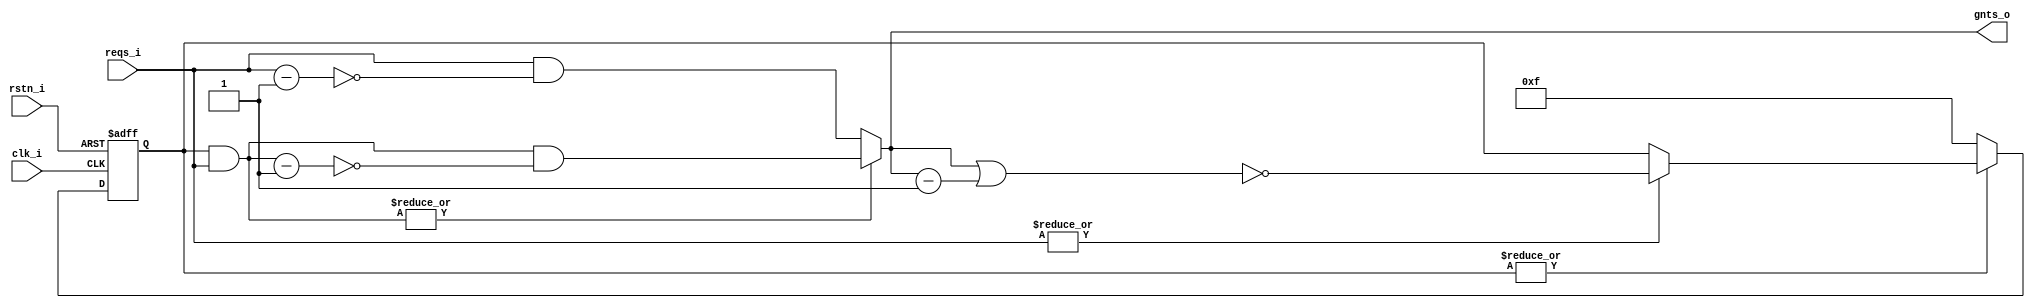
module round_robin_arbiter #(
    parameter REQ_NUM = 4
) (
    input                    clk_i,
    input                    rstn_i,

    input  [REQ_NUM - 1 : 0] reqs_i,
    output [REQ_NUM - 1 : 0] gnts_o
);

reg  [REQ_NUM - 1 : 0] mask; //default 1111
wire [REQ_NUM - 1 : 0] mask_reqs;
wire                   has_masked_reqs;
wire [REQ_NUM - 1 : 0] mask_gnts;
wire [REQ_NUM - 1 : 0] unmask_gnts;

assign gnts_o          = has_masked_reqs ? mask_gnts : unmask_gnts;
assign mask_reqs       = mask & reqs_i;
assign has_masked_reqs = |mask_reqs;
assign unmask_gnts     = reqs_i & ~(reqs_i - 1'b1);
assign mask_gnts       = mask_reqs & ~(mask_reqs - 1'b1); //set the far right 1 bit one hot

always @(posedge clk_i or negedge rstn_i) begin
    if(!rstn_i) begin
        mask <= {REQ_NUM{1'b1}};
    end
    else if(~(|mask)) begin
        mask <= {REQ_NUM{1'b1}};
    end
    else if(|reqs_i) begin
        mask <= ~(gnts_o | (gnts_o - 1'b1)); //set the bits far left than grans all 1
    end
end


    // reqs =                 8'b01010001;
    // mask =                 8'b11111100;
    // masked_reqs =          8'b01010000;
    // has_masked_reqs =             1'b1;
    // grants =               8'b00010000;

    // grants-1 =             8'b00001111;
    // grants|(grants-1) =    8'b00011111;
    // ~(grants|(grants-1)) = 8'b11100000;      mask
    // next_mask =            8'b11100000;

endmodule